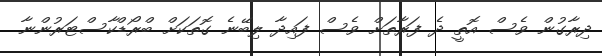
ދިރާގުން ވެސް އޮތީ ދެ ފަރާތަށް ވެސް ފައިދާ ލިބޭނެ ގޮތަކަށް ބްރޯޑްކާސްޓަރުންނާ